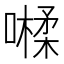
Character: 𡀐